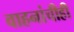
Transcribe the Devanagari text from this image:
वाहनांचीही